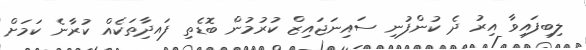
ލިބިފައިވާ އިރު ދެ ކުންފުނި ސައިނަޖައިޒް ކުރުމުން ބޮޑެތި ފައދިާތަކެއް ކުރާނެ ކަމަށް